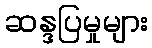
ဆန္ဒပြမှုများ